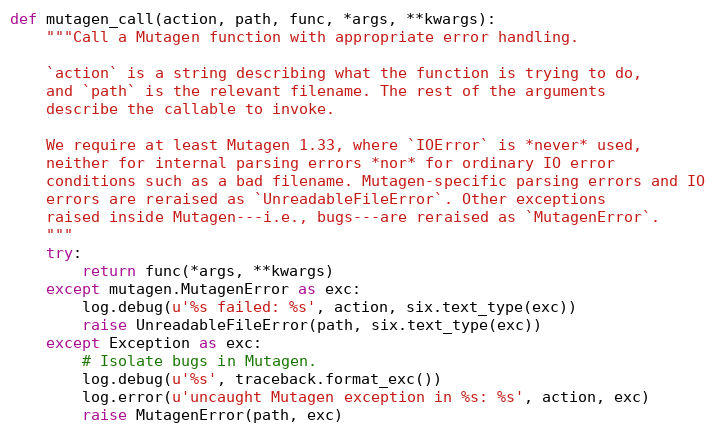
Language: Python
def mutagen_call(action, path, func, *args, **kwargs):
    """Call a Mutagen function with appropriate error handling.

    `action` is a string describing what the function is trying to do,
    and `path` is the relevant filename. The rest of the arguments
    describe the callable to invoke.

    We require at least Mutagen 1.33, where `IOError` is *never* used,
    neither for internal parsing errors *nor* for ordinary IO error
    conditions such as a bad filename. Mutagen-specific parsing errors and IO
    errors are reraised as `UnreadableFileError`. Other exceptions
    raised inside Mutagen---i.e., bugs---are reraised as `MutagenError`.
    """
    try:
        return func(*args, **kwargs)
    except mutagen.MutagenError as exc:
        log.debug(u'%s failed: %s', action, six.text_type(exc))
        raise UnreadableFileError(path, six.text_type(exc))
    except Exception as exc:
        # Isolate bugs in Mutagen.
        log.debug(u'%s', traceback.format_exc())
        log.error(u'uncaught Mutagen exception in %s: %s', action, exc)
        raise MutagenError(path, exc)